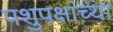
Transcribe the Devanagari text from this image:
पशुपक्षांच्या